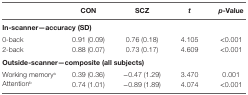
<table><thead><tr><td></td><td><b>CON</b></td><td><b>SCZ</b></td><td><b><i>t</i></b></td><td><b><i>p</i>-Value</b></td></tr></thead><tbody><tr><td colspan="5"><b>In-scanner—accuracy (SD)</b></td></tr><tr><td>0-back</td><td>0.91 (0.09)</td><td>0.76 (0.18)</td><td>4.105</td><td>&lt;0.001</td></tr><tr><td>2-back</td><td>0.88 (0.07)</td><td>0.73 (0.17)</td><td>4.609</td><td>&lt;0.001</td></tr><tr><td colspan="5"><b>Outside-scanner—composite (all subjects)</b></td></tr><tr><td>Working memory<sup>a</sup></td><td>0.39 (0.36)</td><td>−0.47 (1.29)</td><td>3.470</td><td>0.001</td></tr><tr><td>Attention<sup>b</sup></td><td>0.74 (1.01)</td><td>−0.89 (1.89)</td><td>4.074</td><td>&lt;0.001</td></tr></tbody></table>